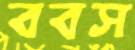
ববস